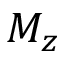
M _ { z }